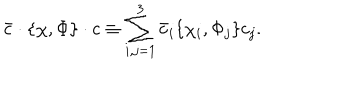
\bar { c } \cdot \{ \chi , \Phi \} \cdot c \equiv \sum _ { i , j = 1 } ^ { 3 } \bar { c } _ { i } \{ \chi _ { i } , \Phi _ { j } \} c _ { j } .